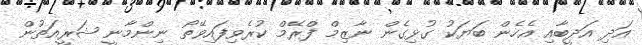
އަދި އަދީބާއި އެހެން ބަޔަކު ގުޅިގެން ނާޒިމް ފްރޭމް ކުރެވިފައިވޭތޯ ނިންމާނީ ޝަރީއަތުން